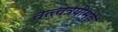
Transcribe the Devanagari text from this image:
तत्त्वत्रयीमुळे